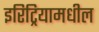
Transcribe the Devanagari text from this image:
इरिट्रियामधील